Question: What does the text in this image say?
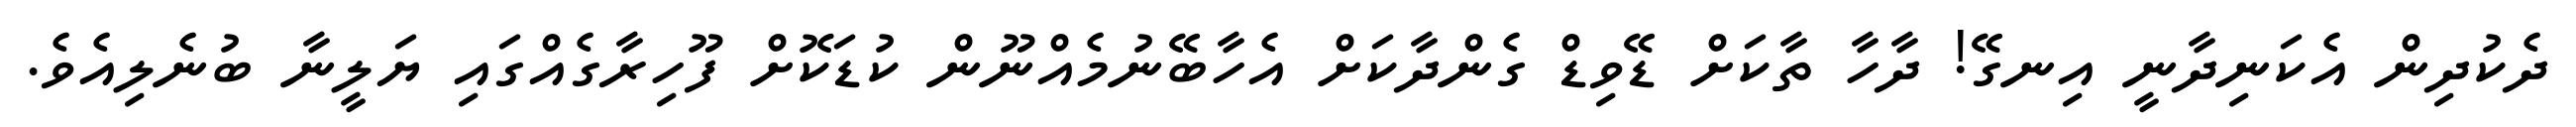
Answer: ދެކުދިން އެކަނިދާނީ އިނގޭ! ދާހާ ތާކަށް ޑޭވިޑް ގެންދާކަށް އެހާބޭނުމެއްނޫން ކުޑަކޮށް ފޫހިރާގެއްގައި ޔަލީނާ ބުނެލިއެވެ.